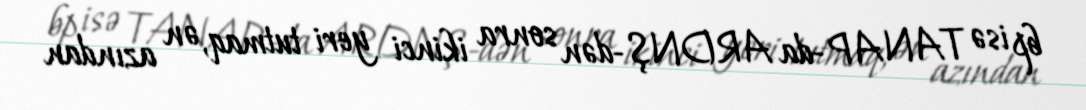
bp isə TANAP-da ARDNŞ-dən sonra ikinci yeri tutmaq, ən azından